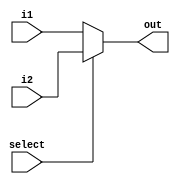
module mux_2x1_32(i1, i2, select, out);

input [31:0] i1, i2;
input select;
output [31:0] out;
reg [31:0] out=0;

always@(i1 or i2 or select)
begin
if(select== 0)
begin
out <= i1;
end
else
begin
out <= i2;
end
end

endmodule